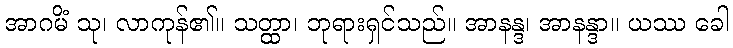
အာဂမိံ သု၊ လာကုန်၏။ သတ္ထာ၊ ဘုရားရှင်သည်။ အာနန္ဒ၊ အာနန္ဒာ။ ယဿ ခေါ